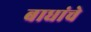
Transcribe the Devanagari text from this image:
बाधांचे